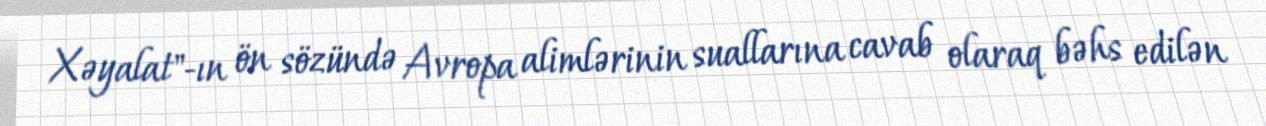
Xəyalat"-ın ön sözündə Avropa alimlərinin suallarına cavab olaraq bəhs edilən